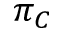
\pi _ { C }